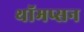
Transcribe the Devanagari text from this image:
थॉमप्सन